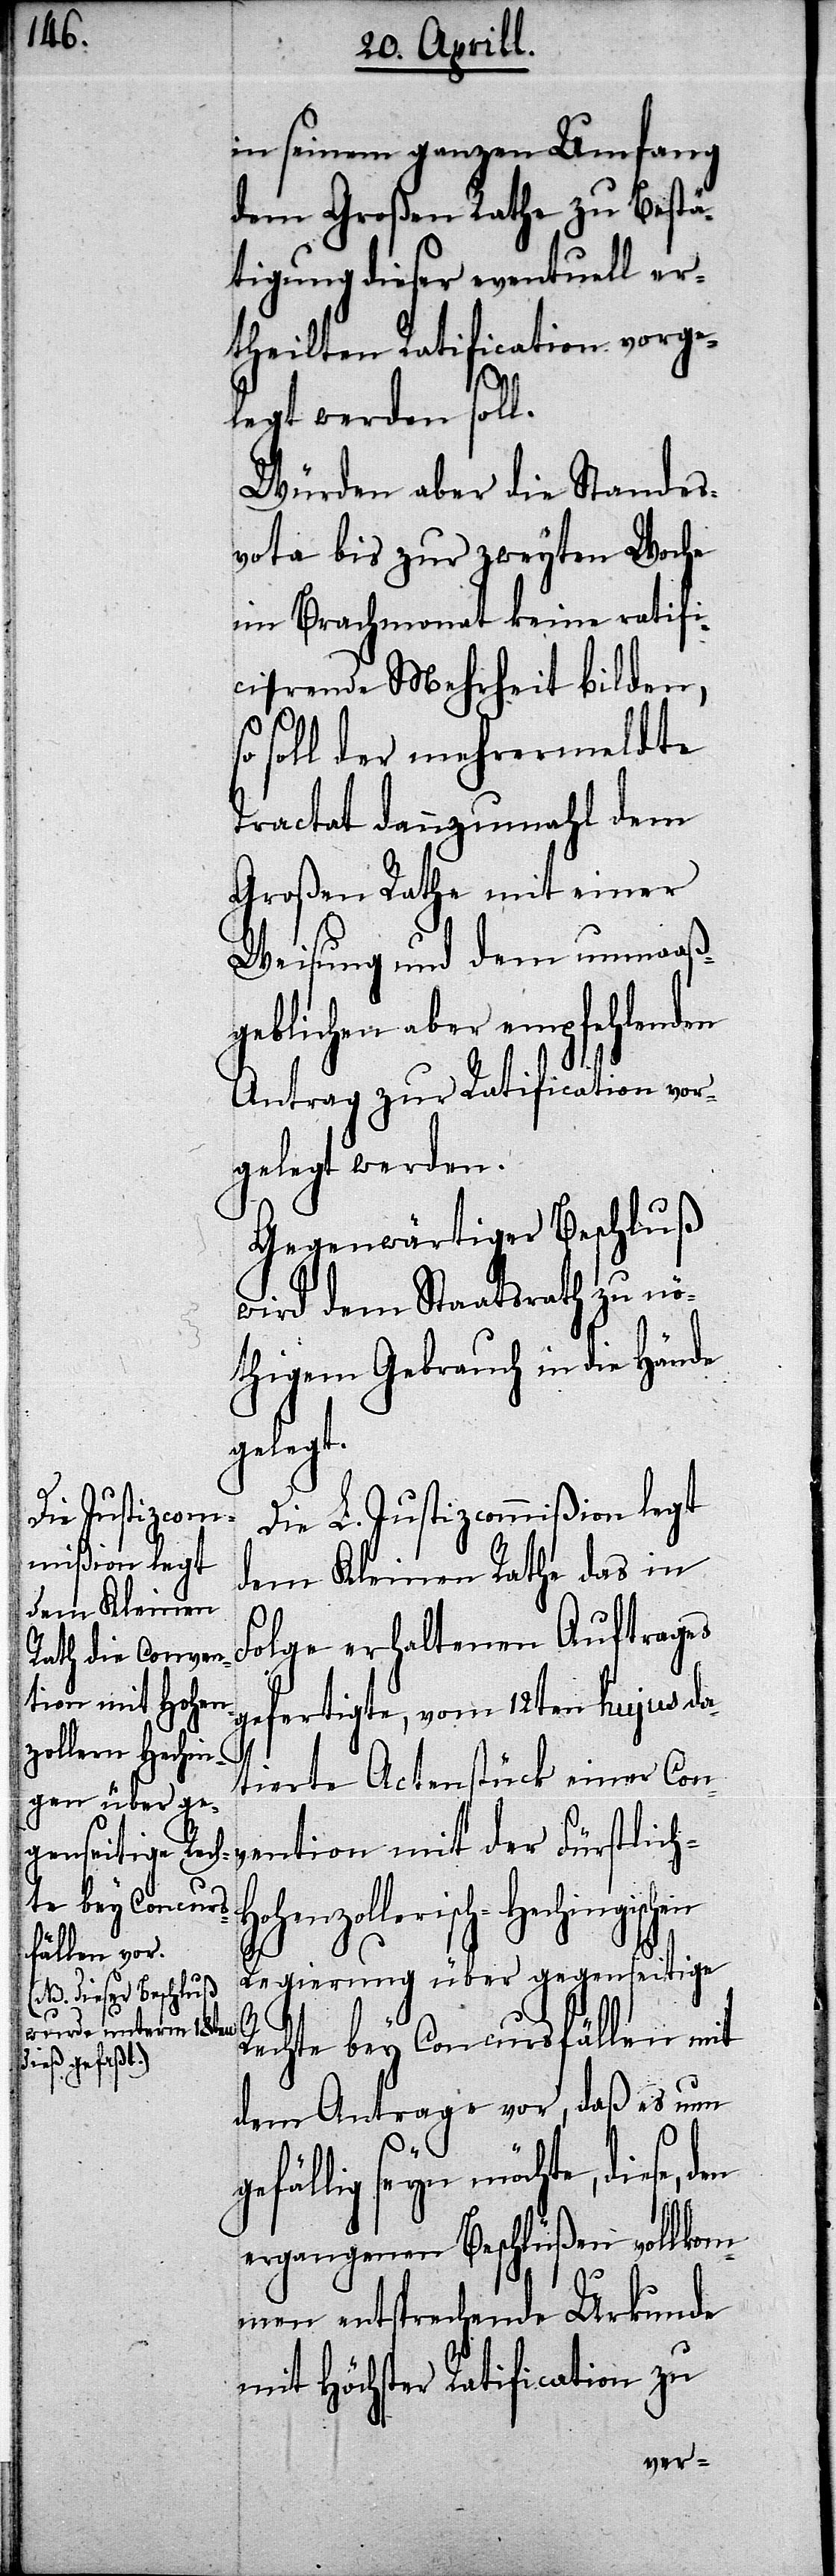
in seinem ganzen Umfang
dem Großen Rath zu Bestä¬
tigung dieser eventuell er¬
theilten Ratification vorge¬
legt werden soll.
Würden aber die Standes¬
vota bis zur zweyten Woche
im Brachmonat keine ratifi¬
a-e-arende Mehrheit bilden,
soll der mehrermeldte
Tractat dannzumahl dem
Großen Rathe mit einer
Weisung und dem unmaaß¬
geblichen aber empfehlenden
Antrag zur Ratification vor¬
gelegt werden.
Gegenwärtiger Beschluß
wird dem Staatsrath zu nö¬
thigem Gebrauch in die Hände
gelegt.
Die L. Justizcommißion legt
dem Kleinen Rathe das in
Folge erhaltenen Auftrages
gefertigte, vom 12ten hujus da¬
ge¬
tierte Actenstück einer Con¬
vention mit der Fürstlich-H¬
henzollerisch-Hechingisch¬
Regierung über gegenseitige
B. dieser Beschluß
wurde unterm 18ten
Rechte bey Concursfällen mit
dem Antrage vor, daß es nun
fällig seyn möchte, diese,
ergangenen Beschlüßen vollkom¬
men entsprechende Urkunde
mit Höchster Ratification zu